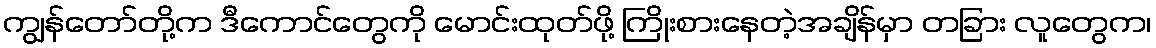
ကျွန်တော်တို့က ဒီကောင်တွေကို မောင်းထုတ်ဖို့ ကြိုးစားနေတဲ့အချိန်မှာ တခြား လူတွေက၊